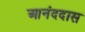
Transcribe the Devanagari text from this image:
आनंददास